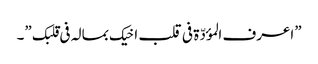
”اعرف المؤدّة فی قلب اخیک بمالہ فی قلبک ”۔